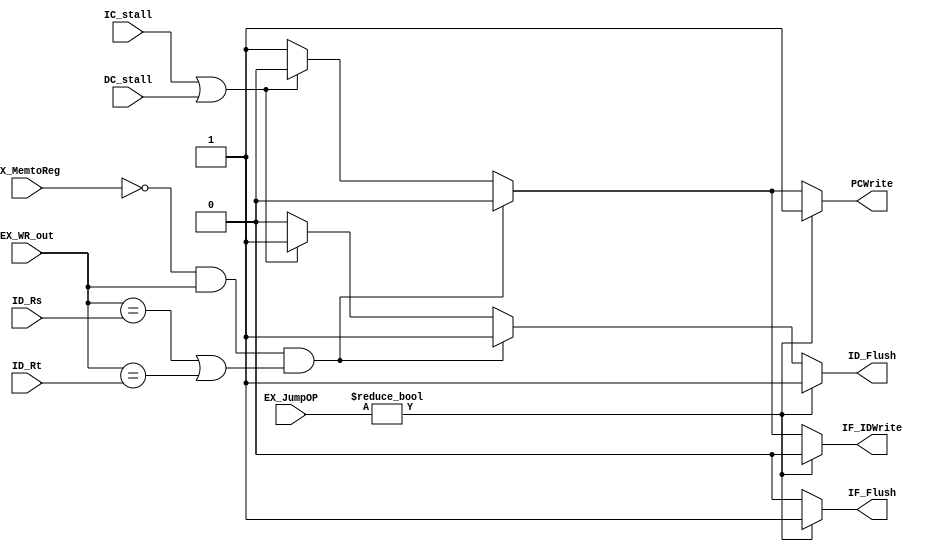
// Hazard Detection Unit

module HDU ( // input
			 ID_Rs,
       ID_Rt,
			 EX_WR_out,
			 EX_MemtoReg,
			 EX_JumpOP,
			 // output
			 // write your code in here
			 PCWrite,
			 IF_IDWrite,
			 IF_Flush,
			 ID_Flush,
			 // for cache
			 IC_stall,
			 DC_stall
			 );
	
	parameter bit_size = 32;
	
	input [4:0] ID_Rs;
	input [4:0] ID_Rt;
	input [4:0] EX_WR_out;
	input EX_MemtoReg;
	input [1:0] EX_JumpOP;
	
	output reg PCWrite;
	output reg IF_IDWrite;
	output reg IF_Flush;
	output reg ID_Flush;

	input IC_stall;
	input DC_stall;


	// write your code in here
	always @(*) begin
		PCWrite    <= 1;
		IF_IDWrite <= 1;
		ID_Flush   <= 0;
		IF_Flush   <= 0;
		if(!EX_MemtoReg && EX_WR_out && ((EX_WR_out == ID_Rs) || (EX_WR_out == ID_Rt))) begin
			IF_IDWrite <= 0;
			ID_Flush   <= 1;
			PCWrite    <= 0;
		end
		else if(IC_stall || DC_stall) begin
			IF_IDWrite <= 0;
			ID_Flush   <= 1;
			PCWrite    <= 0;
		end 
		if (EX_JumpOP != 0) begin
			PCWrite    <= 1;
			IF_IDWrite <= 0;
			IF_Flush   <= 1;
			ID_Flush   <= 1;
		end
	end
endmodule